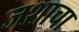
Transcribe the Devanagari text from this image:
जशाचा